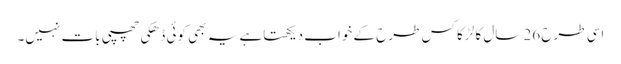
اسی طرح 26 سال کا لڑکا کس طرح کے خواب دیکھتاہے یہ بھی کوئی ڈھکی چھپی بات نہیں۔